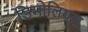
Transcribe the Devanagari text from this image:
डिमोलियस